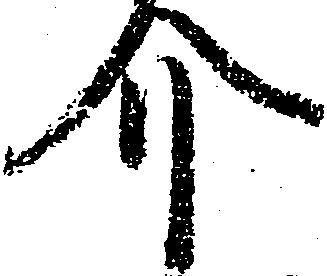
介